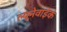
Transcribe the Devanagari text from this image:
ल्यूनेवाइक